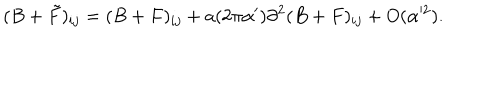
LaTeX: ( B + \tilde { F } ) _ { i j } = ( B + F ) _ { i j } + a ( 2 \pi \alpha ^ { \prime } ) \partial ^ { 2 } ( B + F ) _ { i j } + O ( \alpha ^ { 2 } ) .